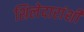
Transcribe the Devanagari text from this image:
शिलेदारांशी